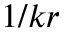
1 / k r